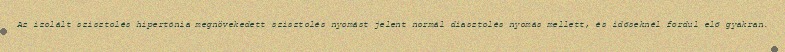
Az izolált szisztolés hipertónia megnövekedett szisztolés nyomást jelent normál diasztolés nyomás mellett, és időseknél fordul elő gyakran.